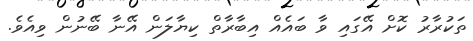
ތަކުރާރު ކޮށް އޭގައި ވާ ބައެއް އިބާރާތް ކިޔާލަން އޭނާ ބޭނުން ވިއެވެ.